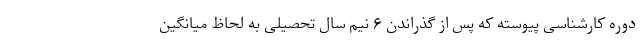
دوره کارشناسی پیوسته که پس از گذراندن ۶ نیم سال تحصیلی به لحاظ میانگین